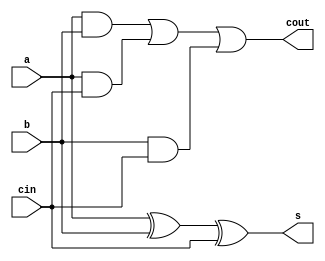
module FA(a,b,cin,s,cout);
output s,cout;
input a,b,cin;
assign s=(a^b^cin);
assign cout=((a&b)|(a&cin)|(b&cin));
endmodule

module multiply4bits(p,x,y);
output [7:0]p;
input [3:0]x;
input [3:0]y;
wire a1,a2,a3,a4,a5,a6,a7,a8,a9,a10,a11,a12,a13,a14,a15,a16,a17,a18,a19,a20,a21,a22,a23;

assign p[0] = x[0] & y[0];

FA ha1(x[1]&y[0], x[0]&y[1],1'b0, p[1], a1);

FA ha2(x[2]&y[0], x[1]&y[1],1'b0, a2, a3);

FA fa1(a2, a1, x[0]&y[2], p[2], a4);

FA ha3(x[3]&~y[0], x[2]&y[1],1'b0, a5, a6);

FA fa2(a5, a3, x[1]&y[2], a7, a8);

FA fa3(a7, a4, ~x[0]&y[3], a9, a10);

FA fa4(a9, x[3], y[3], p[3], a11);

FA fa5(x[3]&~y[1], a6, x[2]&y[2], a12, a13);

FA fa6(a12, a8, ~x[1]&y[3], a14, a15);

FA fa7(a14, a10, a11, p[4], a16);

FA fa8(x[3]&~y[2], a13, ~x[2]&y[3], a17, a18);

FA fa9(a17, a15, a16, p[5], a19);

FA fa10(~x[3], ~y[3], x[3]&y[3], a20, a21);

FA fa11(a20, a18, a19, p[6], a22);

FA fa12(1'b1, a21, a22, p[7], a23);

endmodule